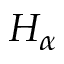
H _ { \alpha }